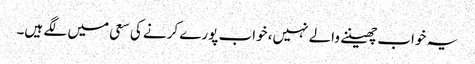
یہ خواب چھیننے والے نہیں، خواب پورے کرنے کی سعی میں لگے ہیں۔